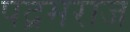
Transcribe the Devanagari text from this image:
पद्रमराज